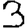
Digit: 3